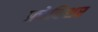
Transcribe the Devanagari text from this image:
फ्रोबिशर